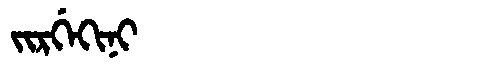
Manchu: ᠵᡳᡵᡤᡝᡴᡳᠨᡳ
Romanization: JIRGEKINI